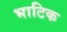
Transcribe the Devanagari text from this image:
भाटिक